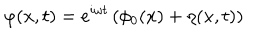
\varphi ( x , t ) = e ^ { i \omega t } \left( \phi _ { 0 } ( x ) + \eta ( x , t ) \right)